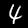
Digit: 4